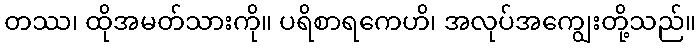
တဿ၊ ထိုအမတ်သားကို။ ပရိစာရကေဟိ၊ အလုပ်အကျွေးတို့သည်။